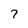
Character: 7